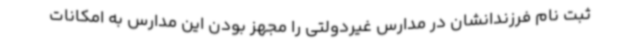
ثبت نام فرزندانشان در مدارس غیردولتی را مجهز بودن این مدارس به امکانات